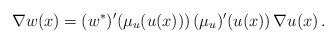
LaTeX: \begin{align*} \nabla w(x)=(w^*)'(\mu_u(u(x)))\, (\mu_u)'(u(x))\,\nabla u(x)\,. \end{align*}